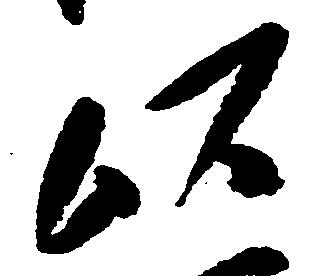
以